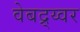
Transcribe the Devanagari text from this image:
वेबद्र्य्वर